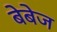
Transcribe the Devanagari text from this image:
बेबेज